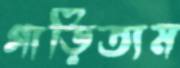
গাড়িতাম